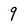
Character: 9